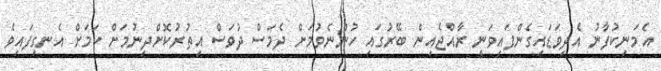
އެމަނިކުފާނު އެދިވަޑައިގެންފައިވަނީ ރާއްޖެއިން ބޭރުގައި ހުންނެވުމަށް ދެމަސް ދުވަސް އިތުރުކޮށްދިނުމަށް ކަމަށް އެނގިފައިވެ